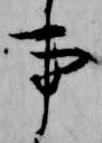
事